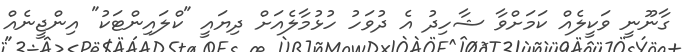
ގާނޫނީ ވަކީލެއް ކަމަށްވާ ޝާހިދު އެ ދުވަހު ހުޅުމާލެއަށް ދިޔައީ "ކްލައިންޓަކު" އިންޖީނެއް